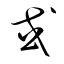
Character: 戓